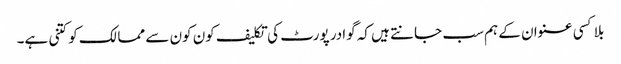
بلا کسی عنوان کے ہم سب جانتے ہیں کہ گوادر پورٹ کی تکلیف کون کون سے ممالک کو کتنی ہے۔